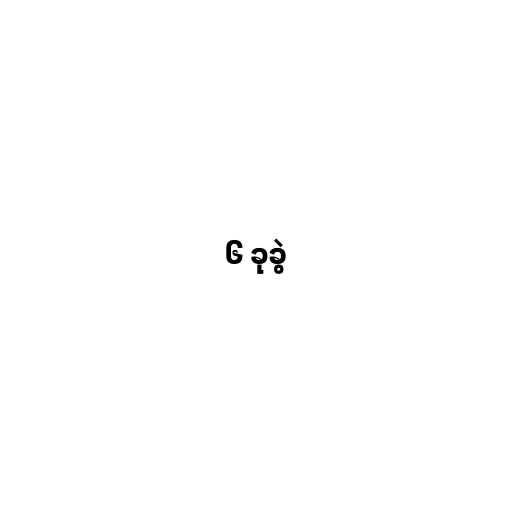
၆ ခုခွဲ